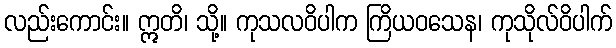
လည်းကောင်း။ ဣတိ၊ သို့။ ကုသလဝိပါက ကြိယဝသေန၊ ကုသိုလ်ဝိပါက်